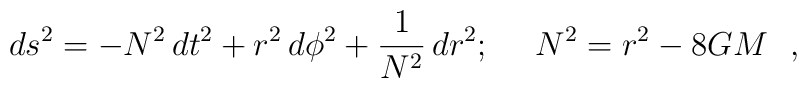
ds^2 = - N^2 \, dt^2 + r^2 \, d\phi^2 + {1 \over N^2} \, dr^2;~~~~ N^2= r^2 - 8 GM\ \ ,